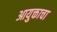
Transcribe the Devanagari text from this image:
आयुक्ताचा